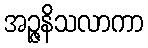
အဉ္ဇနိသလာကာ